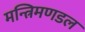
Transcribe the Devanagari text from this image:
मन्त्रिमणडल